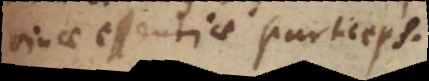
vinae essentiae particeps.